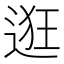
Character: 逛